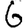
Digit: 6